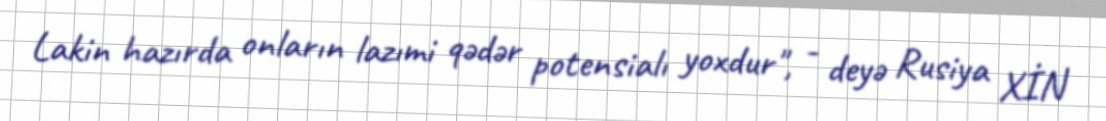
Lakin hazırda onların lazımi qədər potensialı yoxdur", - deyə Rusiya XİN